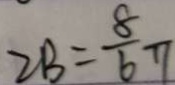
2 B = \frac { 8 } { 6 } \pi